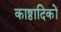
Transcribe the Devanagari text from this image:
काष्ठादिकों